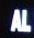
al